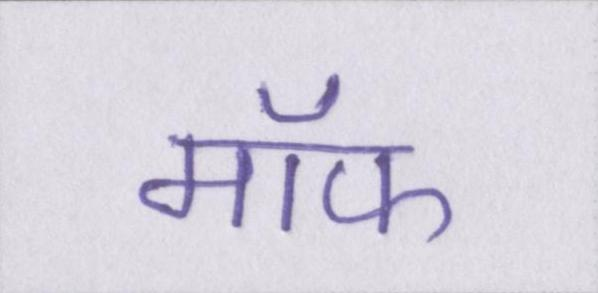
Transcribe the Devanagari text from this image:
मॉफ